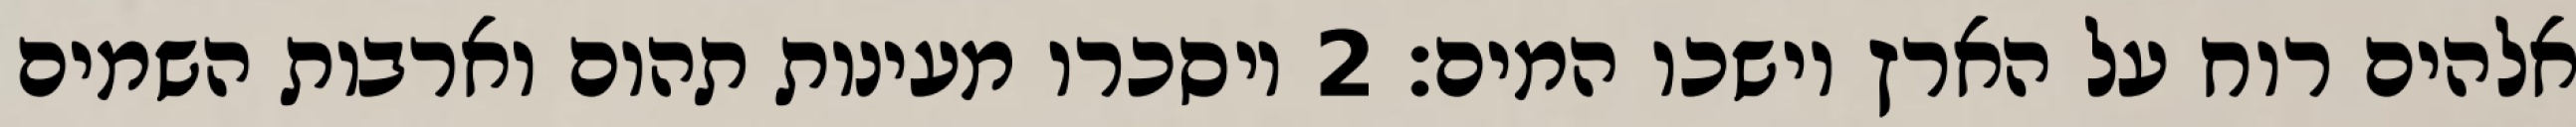
אלהים רוח על הארץ וישכו המים׃ ‎2‏ ויסכרו מעינות תהום וארבות השמים